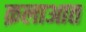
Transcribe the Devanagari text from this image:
क़लाआत